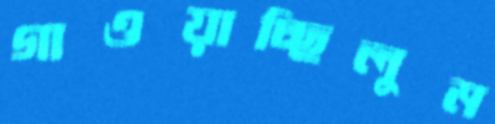
গাওয়াচ্ছিলুম